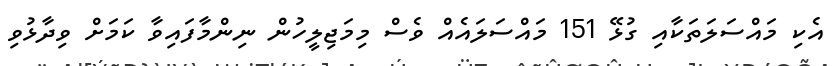
އެކި މައްސަލަތަކާއި ގުޅޭ 151 މައްސަލައެއް ވެސް މިމަޖިލީހުން ނިންމާފައިވާ ކަމަށް ވިދާޅުވި